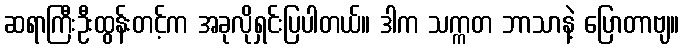
ဆရာကြီးဦးထွန်းတင့်က အခုလိုရှင်းပြပါတယ်။ ဒါက သက္ကတ ဘာသာနဲ့ ပြောတာဗျ။